Report of the Bombay Plague Committee
Disease focus: Plague
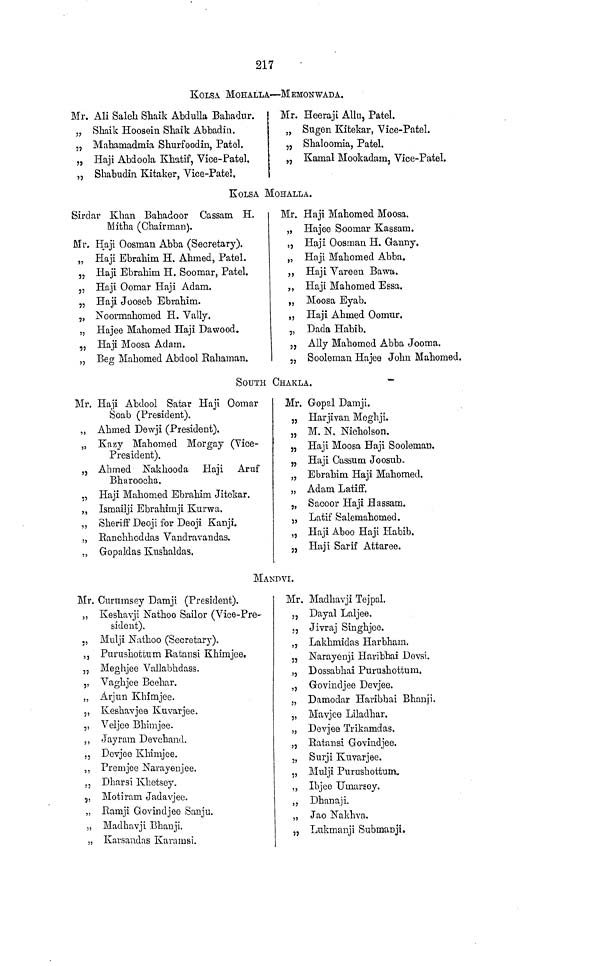
217
KOLSA MOHALLA — MBMONWADA.
Mr. Ali Saleh Shaik Abdulla Bahadur.
„ Shaik Hooseiu Shaik Abbadin.
„ Mahamadmia Shurfoodin, Patel.
„ Haji Abdoola Khatif, Vice- Patel.
„ Shabudin Kitaker, Vice-Patel.
Mr. Heeraji Allu, Patel.
„ Sugen Kitekar, Yice-Patel.
„ Shaloomia, Patel.
„ Kamal Mookadam, Vice-Patel.
KOLSA MOHALLA.
Sirdar Khan Bahadoor Cassam H.
Mitha (Chairman).
Mr. Haji Oosman Abba (Secretary).
„ Haji Ebrahim H. Ahmed, Patel.
„ Haji Ebrahim H. Soomar, Patel.
„ Haji Oomar Haji Adam.
„ Haji Jooseb Ebrahim.
„ Noormahomed H. Vally.
„ Hajee Mahomed Haji Dawood.
„ Haji Moosa Adam.
„ Beg Mahomed Abdool Rahaman.
Mr. Haji Mahomed Moosa.
„ Hajee Soomar Kassam.
„ Haji Oosman H. Ganny.
„ Haji Mahomed Abba.
„ Haji Vareeu Bawa.
„ Haji Mahomed Essa.
„ Moosa Eyab.
„ Haji Ahmed Oomur.
„ Dada Habib.
,, Ally Mahomed Abba Jooma.
j, Sooloman Hajee John Mahomec
SOUTH CHAKLA.
Mr. Haji Abdool Satar Haji Oomar
Soab (President).
,, Ahmed Dewji (President).
„ Kazy Mahomed Morgay (Vice-
Preside nt).
„ Ahmed Nakhooda Haji Aruf
Bharoocha.
,, Haii Mahomed Ebrahim Jitekar.
7'
*/
,, Ismailji Ebrahimji Kurwa.
,, Sheriff Deoji for Deoji Kanji.
„ Ranchhoddas Vandravandas.
„ Gopaldas Knshaldas.
Mr. Gopal Damji.
„ Harjivan Meghji.
„ M. N, Nicholson.
„ Haii Moosa Haii Sooleman.
77
J
*)
„ Haii Oassum Joosnb.
7?
J
„ Ebrahim Haji Mahomed.
„ Adam Latiff.
„ Sacoor Haji Hassam.
,, Latif Salemahomed.
„ Haji Aboo Haji Habib.
„ Haji Sarif Attaree.
i
M AND VI,
Mr. Curnmsey Damji (President).
„ Keshavji Nathoo Sailor (Vice-Pre-
sidout).
., Mulji Nathoo (Secretary).
5 , Purushottum Ratansi Khimjoei
„ Meghjee Vallabhdass.
,, Yaghjee Beehar.
„ Arjun Khimjee.
., Keshavjoe Kuvarjee.
,, Veljee Bhimjee.
., Jayram Devchand.
,j Devjee Khimjoe.
„ Premjee Narayenjee.
,, Dharsi Khetsey.
9 , Motiram Jadavjee.
„ Kamji Govindjee Sanju.
„ Madhavji Bhanji.
„ Karsandas Karamsi.
Mr. Madhavji Tejpal.
,, Dayal Laljee.
„ Jivraj Singhjee.
„ Lakhmidas Harbham.
„ Narayenji Haribhai Devsi.
,, Dossabhai Purushottum,
„ Govindjee Devjee.
„ Damodar Haribhai Bhanji.
„ Mavjce Liladhar.
„ Devjee Trikamdas.
„ Ratansi Govindjee.
„ Surji Kuvarjee.
„ Mulji Purushottum«
„ Ibjeo Umarsoy.
„ Dhanaji.
„ Jao Nakhva.
„ Lnkmanji SubmaDJio